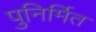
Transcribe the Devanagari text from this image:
पुनिर्मित